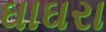
ઘાઘરા